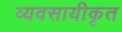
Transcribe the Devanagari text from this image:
व्यवसायीकृत